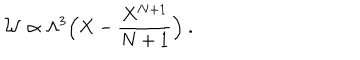
{ \cal W } \propto \Lambda ^ { 3 } \Big ( X - { \frac { X ^ { N + 1 } } { N + 1 } } \Big ) ~ .